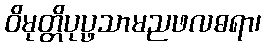
ဝိမုတ္တိပုပ္ဖသာမညဖလဓရာ၊